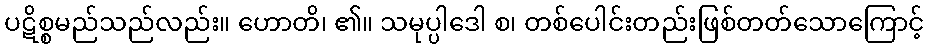
ပဋိစ္စမည်သည်လည်း။ ဟောတိ၊ ၏။ သမုပ္ပါဒေါ စ၊ တစ်ပေါင်းတည်းဖြစ်တတ်သောကြောင့်